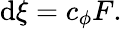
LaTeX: \mathrm{d}\xi=c_{\phi}F.